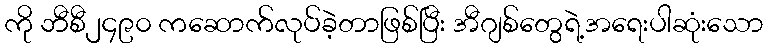
ကို ဘီစီ၂၄၉၀ ကဆောက်လုပ်ခဲ့တာဖြစ်ပြီး အီဂျစ်တွေရဲ့အရေးပါဆုံးသော